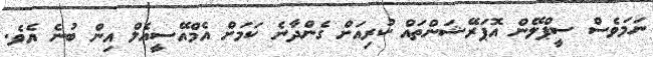
ނަމަވެސް ސީޕްލޭން އޮޕަރޭޝަންތައް ކުރިއަށް ގެންދާނެ ކަމަށް އެމްއޭސީއެލް އިން ބުނެ އެވެ.